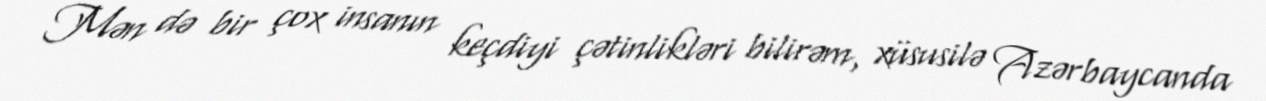
Mən də bir çox insanın keçdiyi çətinlikləri bilirəm, xüsusilə Azərbaycanda